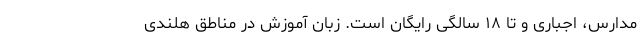
مدارس، اجباری و تا ۱۸ سالگی رایگان است. زبان آموزش در مناطق هلندی